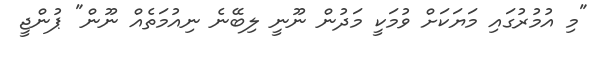
"މި އުމުރުގައި މަޔަކަށް ވުމަކީ މަދުން ނޫނީ ލިބޭނެ ނިއުމަތެއް ނޫން" ޕުންޖީ